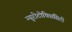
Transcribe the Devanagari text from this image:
न्यूरोटोक्सिसिटी